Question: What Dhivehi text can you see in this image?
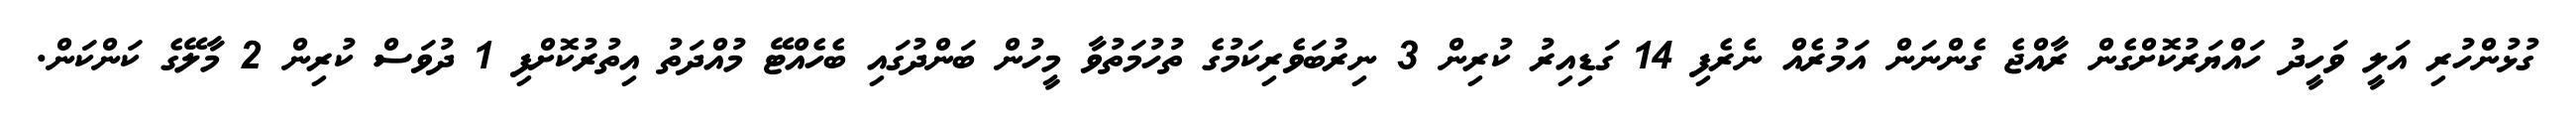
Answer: ގުޅުންހުރި އަލީ ވަހީދު ހައްޔަރުކޮށްގެން ރާއްޖެ ގެންނަން އަމުރެއް ނެރެފި 14 ގަޑިއިރު ކުރިން 3 ނިރުބަވެރިކަމުގެ ތުހުމަތުވާ މީހުން ބަންދުގައި ބެހެއްޓޭ މުއްދަތު އިތުރުކޮށްފި 1 ދުވަސް ކުރިން 2 މާލޭގެ ކަންކަން.